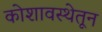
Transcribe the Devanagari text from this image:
कोशावस्थेतून